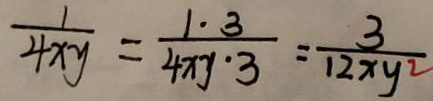
\frac { 1 } { 4 x y } = \frac { 1 \cdot 3 } { 4 x y \cdot 3 } = \frac { 3 } { 1 2 x y ^ { 2 } }